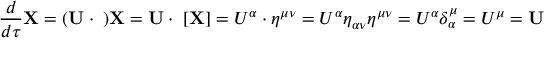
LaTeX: { \frac { d } { d \tau } } \mathbf { X } = ( \mathbf { U } \cdot \mathbf { \partial } ) \mathbf { X } = \mathbf { U } \cdot \mathbf { \partial } [ \mathbf { X } ] = U ^ { \alpha } \cdot \eta ^ { \mu \nu } = U ^ { \alpha } \eta _ { \alpha \nu } \eta ^ { \mu \nu } = U ^ { \alpha } \delta _ { \alpha } ^ { \mu } = U ^ { \mu } = \mathbf { U }